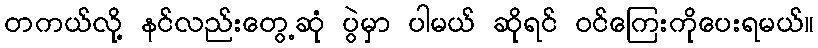
တကယ်လို့ နင်လည်းတွေ့ဆုံ ပွဲမှာ ပါမယ် ဆိုရင် ဝင်ကြေးကိုပေးရမယ်။